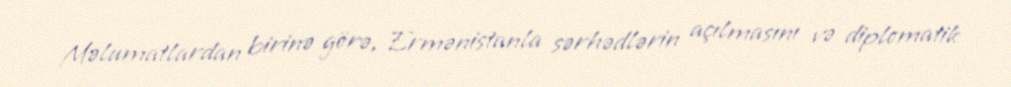
Məlumatlardan birinə görə, Ermənistanla sərhədlərin açılmasını və diplomatik